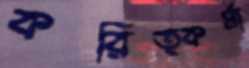
করিত্কর্মা